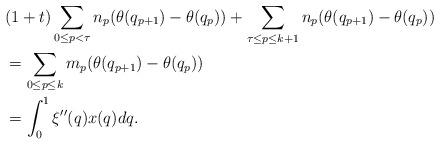
LaTeX: \begin{align*}&(1+t)\sum_{0\leq p < \tau} n_p(\theta(q_{p+1})-\theta(q_p))+\sum_{\tau \leq p \leq k+1} n_p(\theta(q_{p+1})-\theta(q_p) )\\&=\sum_{0\leq p\leq k}m_p(\theta(q_{p+1})-\theta(q_p))\\&=\int_0^1 \xi''(q)x(q)dq.\end{align*}